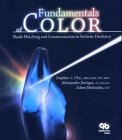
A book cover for Fundamentals of Color: Shade Matching and Communication in Esthetic Dentistry; Stephen J. Chu; Medical Books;